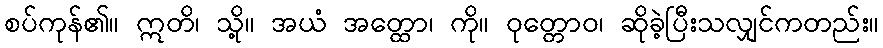
စပ်ကုန်၏။ ဣတိ၊ သို့။ အယံ အတ္ထော၊ ကို။ ဝုတ္တောဝ၊ ဆိုခဲ့ပြီးသလျှင်ကတည်း။